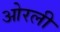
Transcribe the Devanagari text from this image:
ओरली